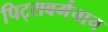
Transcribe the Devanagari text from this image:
पिट्सबर्गचाच